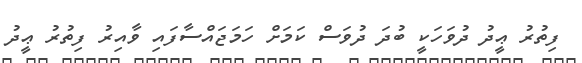
ފިތުރު ޢީދު ދުވަހަކީ ބުދަ ދުވަސް ކަމަށް ހަމަޖައްސާފައި ވާއިރު ފިތުރު ޢީދު